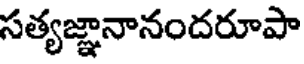
సత్యజ్ఞానానందరూపా